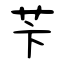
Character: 苄